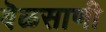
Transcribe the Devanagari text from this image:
बॆळसाणी